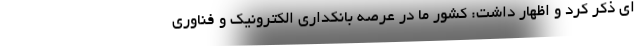
ای ذکر کرد و اظهار داشت: کشور ما در عرصه بانکداری الکترونیک و فناوری